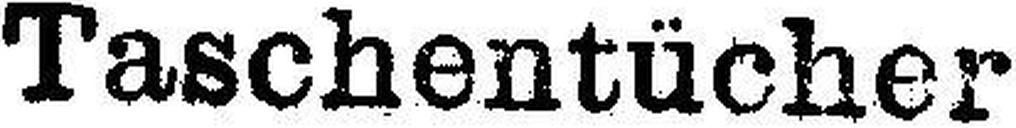
Taschentücher